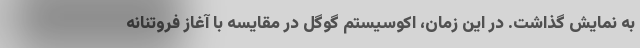
به نمایش گذاشت. در این زمان، اکوسیستم گوگل در مقایسه با آغاز فروتنانه